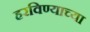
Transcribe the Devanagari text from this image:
हरविण्याच्या